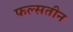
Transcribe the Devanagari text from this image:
फल्सतीन